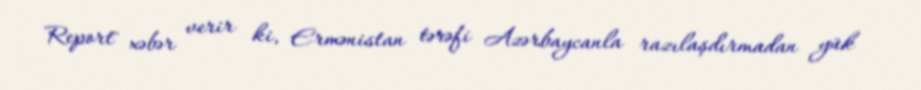
Report" xəbər verir ki, Ermənistan tərəfi Azərbaycanla razılaşdırmadan yük